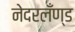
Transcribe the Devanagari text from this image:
नेदरलँण्ड